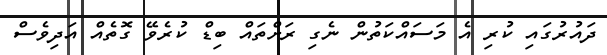
ދައުރުގައި ކުރި އެ މަސައްކަތުން ނެގި ރަށްތައް ބިޑް ކުރެވޭ ގޮތެއް އަދިވެސް